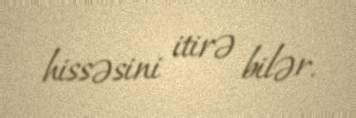
hissəsini itirə bilər.